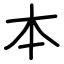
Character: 本